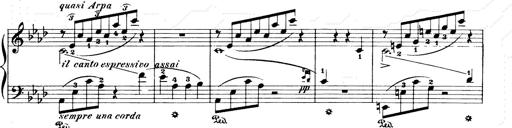
Title: Consolations and LiebestrÃ¤ume for the Piano
Composer: Franz Liszt